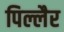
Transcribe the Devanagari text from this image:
पिल्लैर